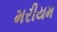
મરીયમ